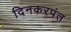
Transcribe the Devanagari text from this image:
दिनकरपंत